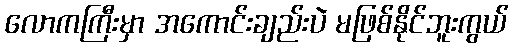
လောကကြီးမှာ အကောင်းချည်းပဲ မဖြစ်နိုင်ဘူးကွယ်